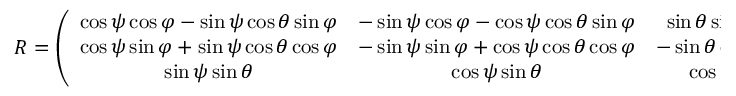
\begin{array} { r } { R = \left( \begin{array} { c c c } { \cos \psi \cos \varphi - \sin \psi \cos \theta \sin \varphi } & { - \sin \psi \cos \varphi - \cos \psi \cos \theta \sin \varphi } & { \sin \theta \sin \varphi } \\ { \cos \psi \sin \varphi + \sin \psi \cos \theta \cos \varphi } & { - \sin \psi \sin \varphi + \cos \psi \cos \theta \cos \varphi } & { - \sin \theta \cos \varphi } \\ { \sin \psi \sin \theta } & { \cos \psi \sin \theta } & { \cos \theta } \end{array} \right) } \end{array}